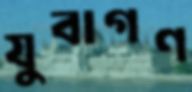
যুবাগণ